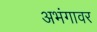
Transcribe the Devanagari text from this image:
अभंगावर